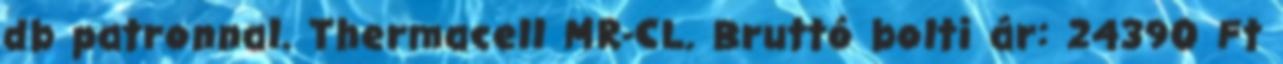
db patronnal. Thermacell MR-CL. Bruttó bolti ár: 24390 Ft